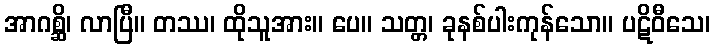
အာဂစ္ဆိ၊ လာပြီ။ တဿ၊ ထိုသူအား။ ပေ။ သတ္တ၊ ခုနစ်ပါးကုန်သော။ ပဋိဝီသေ၊